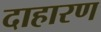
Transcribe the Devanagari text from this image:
दाहारण